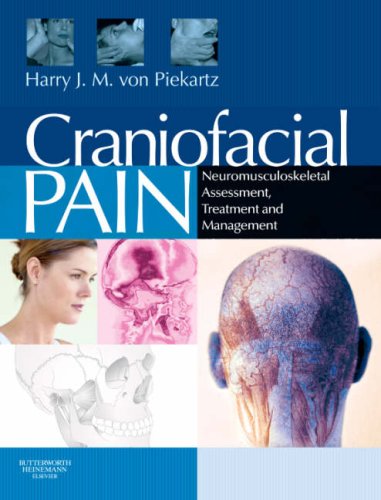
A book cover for Craniofacial Pain: Neuromusculoskeletal Assessment, Treatment and Management, 1e; Harry J. M. von Piekartz PhD  MSc  PT  MT; Medical Books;